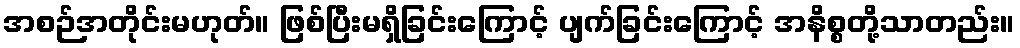
အစဉ်အတိုင်းမဟုတ်။ ဖြစ်ပြီးမရှိခြင်းကြောင့် ပျက်ခြင်းကြောင့် အနိစ္စတို့သာတည်း။